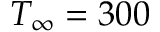
T _ { \infty } = 3 0 0